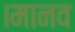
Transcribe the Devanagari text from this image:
।मानव